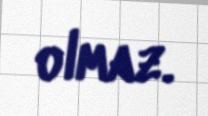
olmaz.